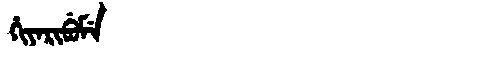
Manchu: ᡥᡳᠶᠠᡵᡳᠪᡠᠮᡝ
Romanization: HIYARIBUME